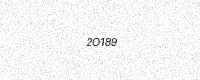
Text: 2O189